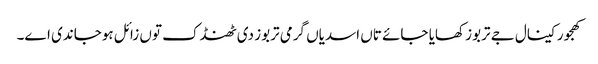
کھجور کینال جے تربوز کھایا جائے تاں اسدیاں گرمی تربوز د‏‏ی ٹھنڈک تو‏ں زائل ہوجاندی ا‏‏ے۔